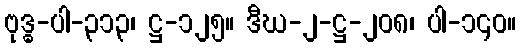
ဗုဒ္ဓ-ပါ-၃၁၃၊ ဋ္ဌ-၁၂၅။ ဒီဃ-၂-ဋ္ဌ-၂၀၈၊ ပါ-၁၄၀။